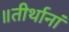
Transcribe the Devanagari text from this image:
॥तीर्थानां